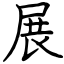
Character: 展